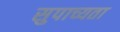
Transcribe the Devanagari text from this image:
सुपाच्यता